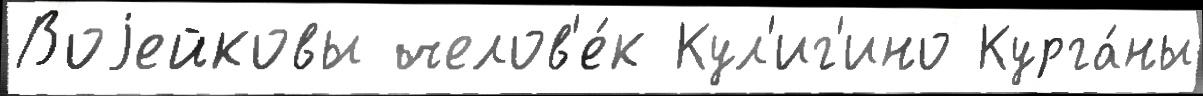
Воjейковы челов'е́к Кул'иг'ино Курга́ны